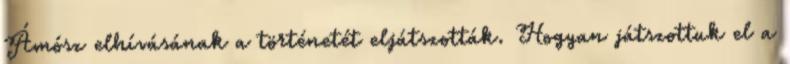
Ámósz elhívásának a történetét eljátszották. Hogyan játszottuk el a